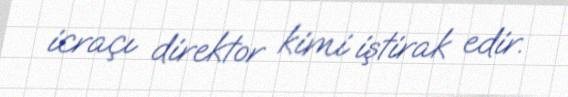
icraçı direktor kimi iştirak edir.